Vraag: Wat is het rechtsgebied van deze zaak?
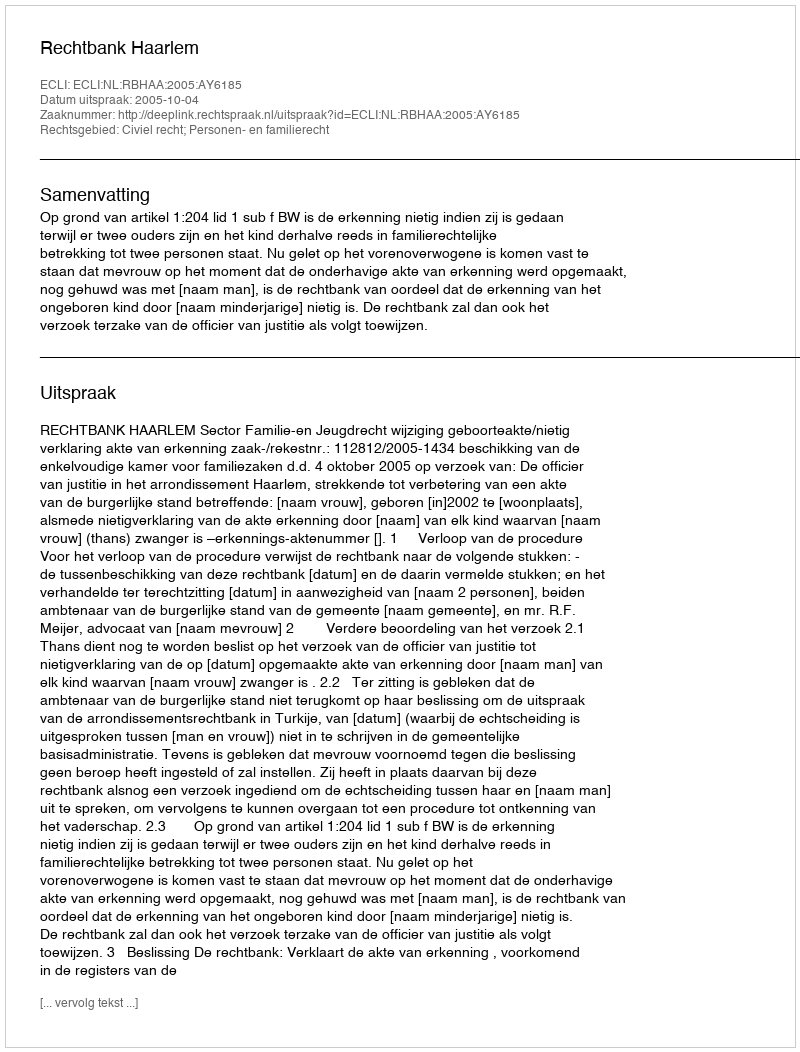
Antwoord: Civiel recht; Personen- en familierecht